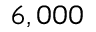
6 , 0 0 0